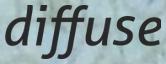
diffuse